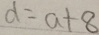
d = a + 8